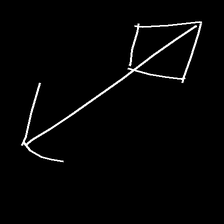
Glyph: focus